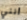
أنني